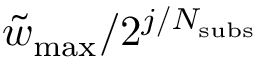
\tilde { w } _ { \mathrm { m a x } } / 2 ^ { j / N _ { \mathrm { s u b s } } }